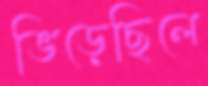
ভিড়েছিলে